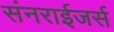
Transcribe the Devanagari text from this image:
संनराईजर्स